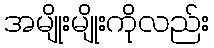
အမျိုးမျိုးကိုလည်း